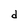
Character: d